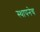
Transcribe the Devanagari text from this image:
स्थापनेच